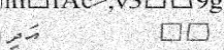
٤٧         އަދި